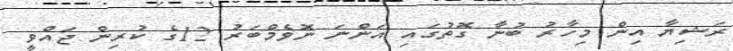
ރަޝިޔާ އިން މިހާރު ބުނާ ގޮތުގައި އަންނަ ނޮވެމްބަރު 12ގެ ކުރިން ޖައްވީ